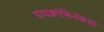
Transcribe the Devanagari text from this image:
डायक्लोफिनॅकचा